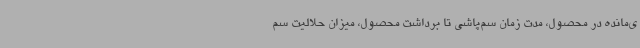
ی‌مانده در محصول، مدت زمان سم‌پاشی تا برداشت محصول، میزان حلالیت سم